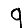
Digit: 9